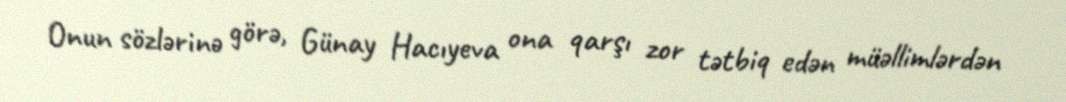
Onun sözlərinə görə, Günay Hacıyeva ona qarşı zor tətbiq edən müəllimlərdən